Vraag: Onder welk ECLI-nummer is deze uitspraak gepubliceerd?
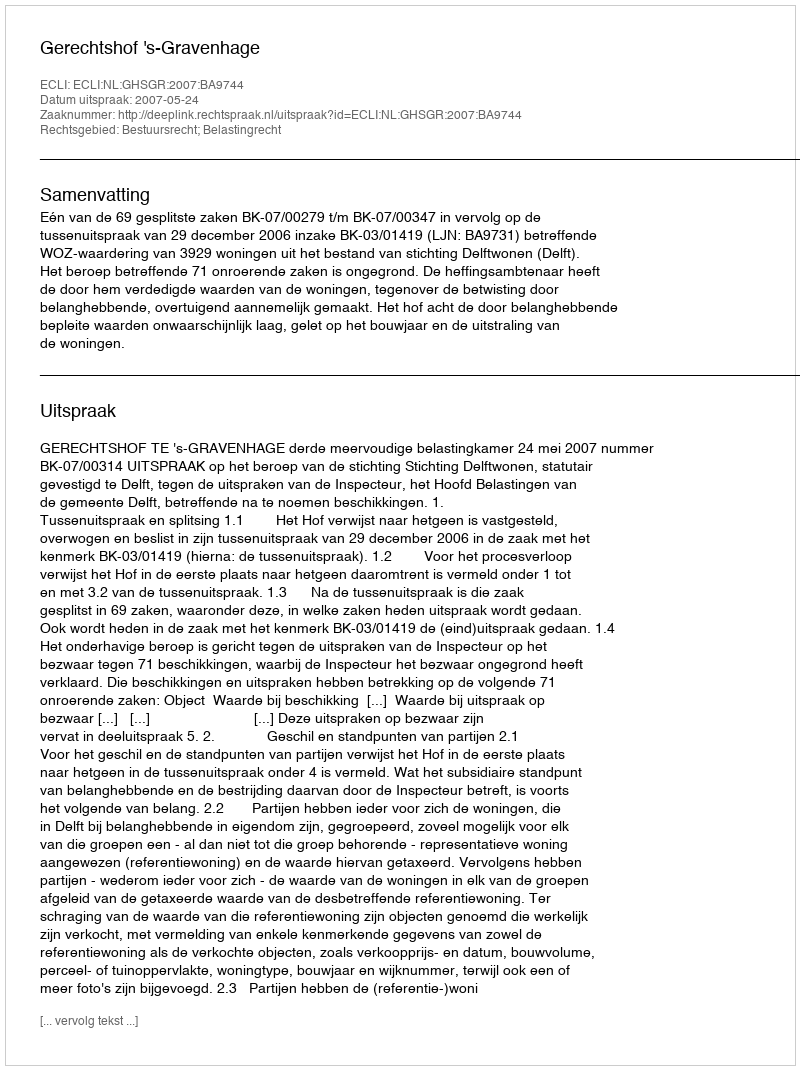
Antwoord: ECLI:NL:GHSGR:2007:BA9744